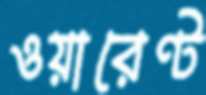
ওয়ারেণ্ট